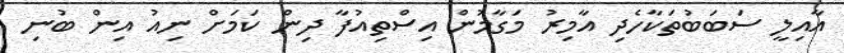
އާއިލީ ސަބަބުތަކާހެދި އާމިރު މަގާމުން އިސްތިއުފާ ދިން ކަމަށް ނިއު އިން ބުނި